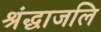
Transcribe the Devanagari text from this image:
श्रंद्धाजलि